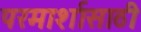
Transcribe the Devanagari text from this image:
परमार्शासाठी